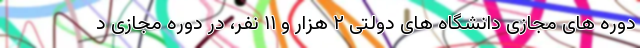
دوره های مجازی دانشگاه های دولتی ۲ هزار و ۱۱ نفر، در دوره مجازی د